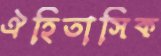
ঐহিতাসিক